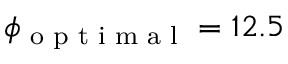
\phi _ { \textrm { o p t i m a l } } = 1 2 . 5 \